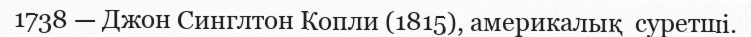
1738 — Джон Синглтон Копли (1815), америкалық  суретші.